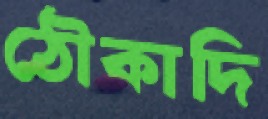
ঠৌকাদি